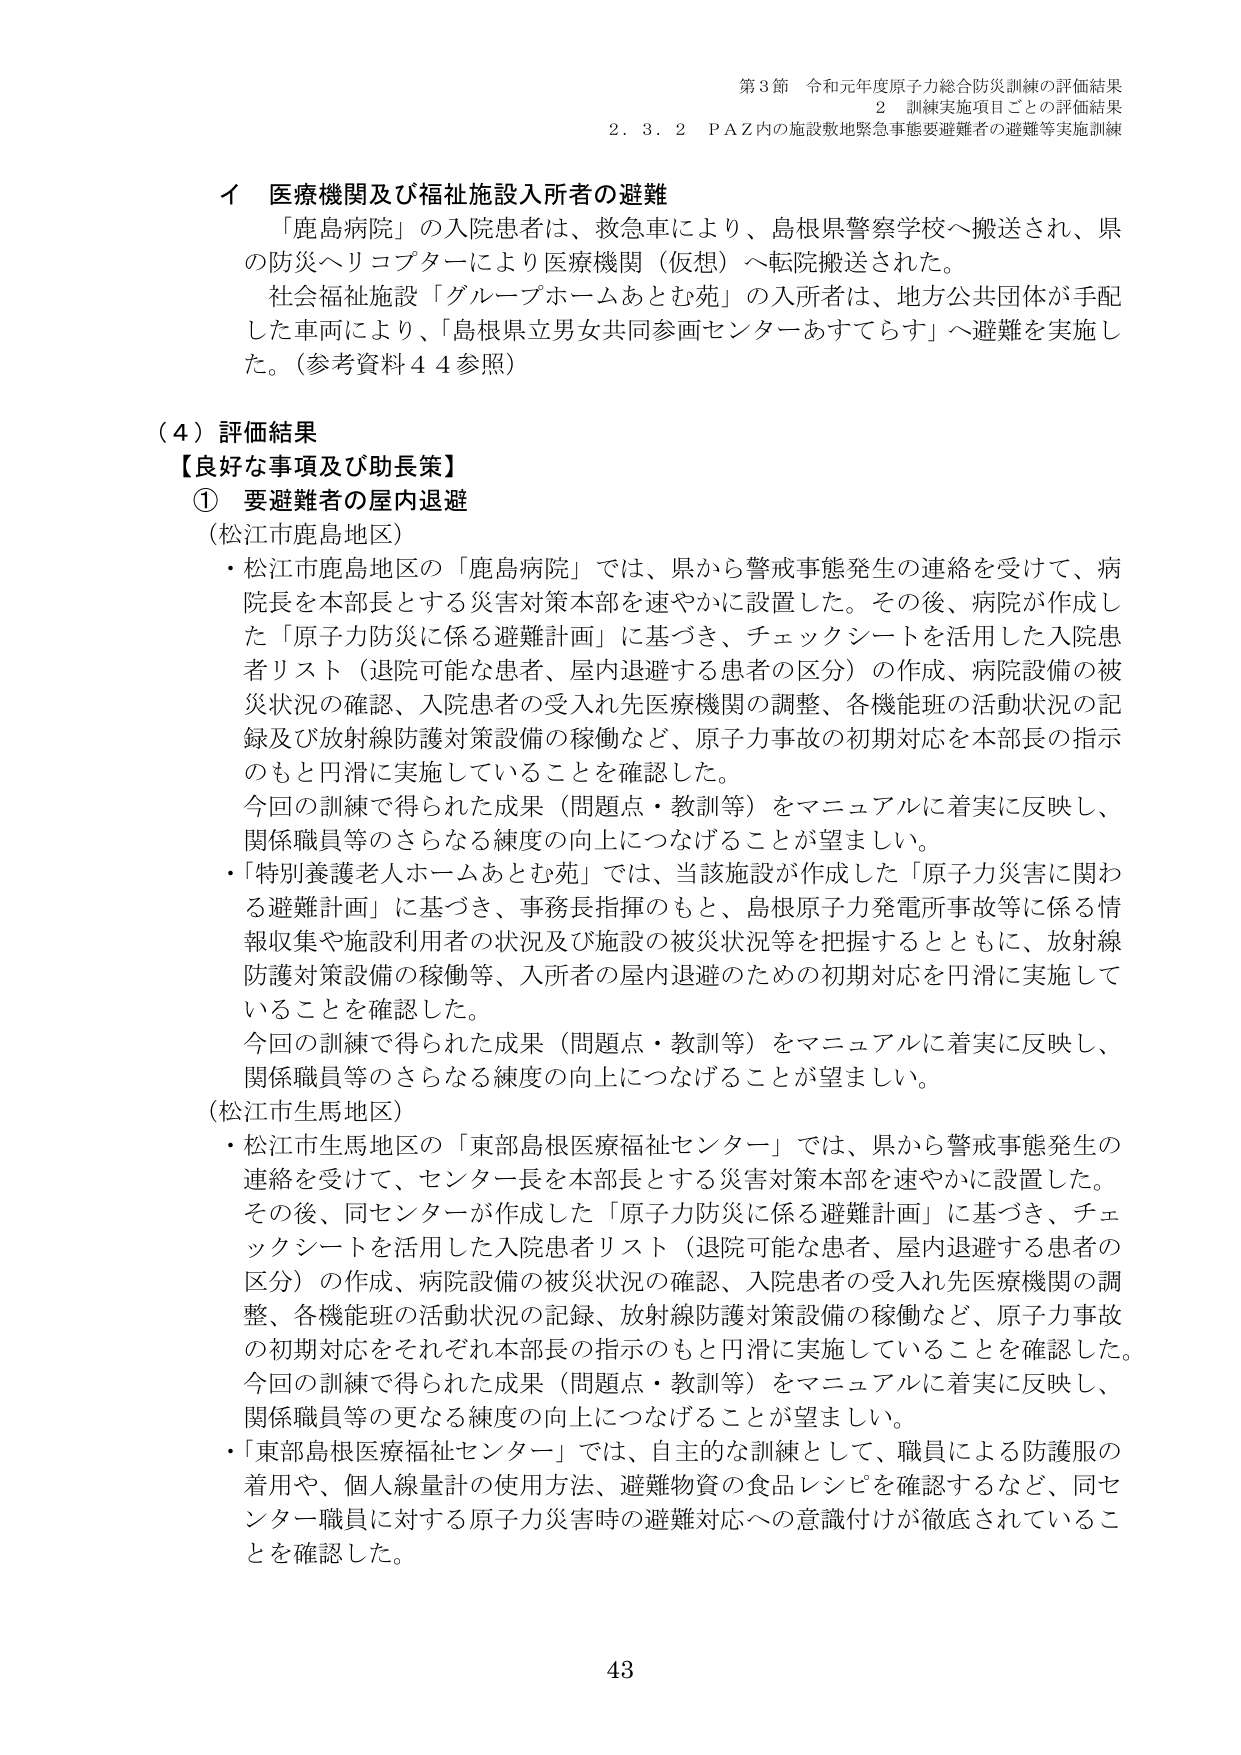
第3節 令和元年度原子力総合防災訓練の評価結果
2 訓練実施項目ごとの評価結果
2.3.2 PAZ内の施設敷地緊急事態要避難者の避難等実施訓練

イ 医療機関及び福祉施設入所者の避難
「鹿島病院」の入院患者は、救急車により、島根県警察学校へ搬送され、県の防災ヘリコプターにより医療機関（仮想）へ転院搬送された。
社会福祉施設「グループホームあとむ苑」の入所者は、地方公共団体が手配した車両により、「島根県立男女共同参画センターあすてらす」へ避難を実施した。（参考資料44参照）

（4）評価結果
【良好な事項及び助長策】
① 要避難者の屋内退避
（松江市鹿島地区）
・松江市鹿島地区の「鹿島病院」では、県から警戒事態発生の連絡を受けて、病院長を本部長とする災害対策本部を速やかに設置した。その後、病院が作成した「原子力防災に係る避難計画」に基づき、チェックシートを活用した入院患者リスト（退院可能な患者、屋内退避する患者の区分）の作成、病院設備の被災状況の確認、入院患者の受入れ先医療機関の調整、各機能班の活動状況の記録及び放射線防護対策設備の稼働など、原子力事故の初期対応を本部長の指示のもと円滑に実施していることを確認した。
今回の訓練で得られた成果（問題点・教訓等）をマニュアルに着実に反映し、関係職員等のさらなる練度の向上につなげることが望ましい。
・「特別養護老人ホームあとむ苑」では、当該施設が作成した「原子力災害に関わる避難計画」に基づき、事務長指揮のもと、島根原子力発電所事故等に係る情報収集や施設利用者の状況及び施設の被災状況等を把握するとともに、放射線防護対策設備の稼働等、入所者の屋内退避のための初期対応を円滑に実施していることを確認した。
今回の訓練で得られた成果（問題点・教訓等）をマニュアルに着実に反映し、関係職員等のさらなる練度の向上につなげることが望ましい。
（松江市生馬地区）
・松江市生馬地区の「東部島根医療福祉センター」では、県から警戒事態発生の連絡を受けて、センター長を本部長とする災害対策本部を速やかに設置した。その後、同センターが作成した「原子力防災に係る避難計画」に基づき、チェックシートを活用した入院患者リスト（退院可能な患者、屋内退避する患者の区分）の作成、病院設備の被災状況の確認、入院患者の受入れ先医療機関の調整、各機能班の活動状況の記録、放射線防護対策設備の稼働など、原子力事故の初期対応をそれぞれ本部長の指示のもと円滑に実施していることを確認した。
今回の訓練で得られた成果（問題点・教訓等）をマニュアルに着実に反映し、関係職員等の更なる練度の向上につなげることが望ましい。
・「東部島根医療福祉センター」では、自主的な訓練として、職員による防護服の着用や、個人線量計の使用方法、避難物資の食品レシピを確認するなど、同センター職員に対する原子力災害時の避難対応への意識付けが徹底されていることを確認した。

43